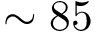
\sim 8 5